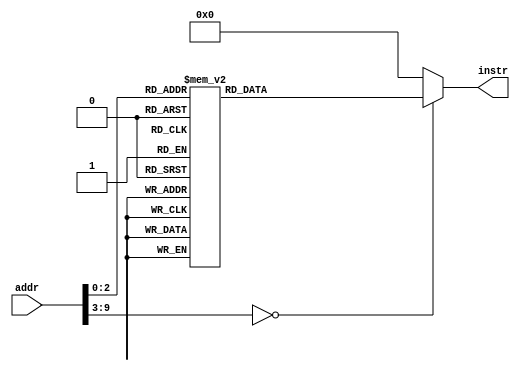
// this file is generated automatically
module Imem (
	input [9:0] addr,
	output reg[31:0] instr
);
	always @(addr) begin
		case (addr)
			10'b0000000000 : instr = 32'h00f00493;
			10'b0000000001 : instr = 32'h00900533;
			10'b0000000010 : instr = 32'h02200893;
			10'b0000000011 : instr = 32'h00000073;
			10'b0000000100 : instr = 32'hfff48493;
			10'b0000000101 : instr = 32'hfe04d8e3;
			10'b0000000110 : instr = 32'h00a00893;
			10'b0000000111 : instr = 32'h00000073
;
			default: instr = 0;
		endcase
	end
endmodule